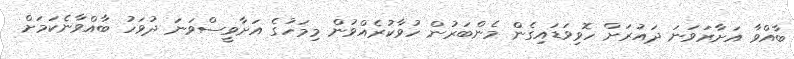
ބާއްވާ އަށާރަވަނަ ދައުރަށް ހޮވިވަޑައިގެން މެންބަރުން ހުވާކުރެއްވުން މިމަހުގެ އަށާވީސްވަނަ ދުވަހު ބާއްވާނެކަމަށް